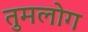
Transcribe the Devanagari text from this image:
तुमलोग